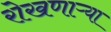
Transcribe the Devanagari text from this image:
रोखणाऱ्या